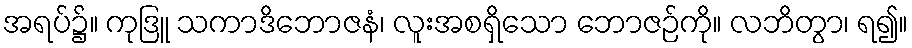
အရပ်၌။ ကုဒြူ သကာဒိဘောဇနံ၊ လူးအစရှိသော ဘောဇဉ်ကို။ လဘိတွာ၊ ရ၍။